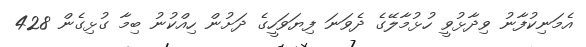
އެމަނިކުފާނު ވިދާޅުވީ ހުޅުމާލޭގެ ދެވަނަ ފިޔަވަހީގެ ދަށުން ހިއްކުނު ބިމާ ގުޅިގެން 428